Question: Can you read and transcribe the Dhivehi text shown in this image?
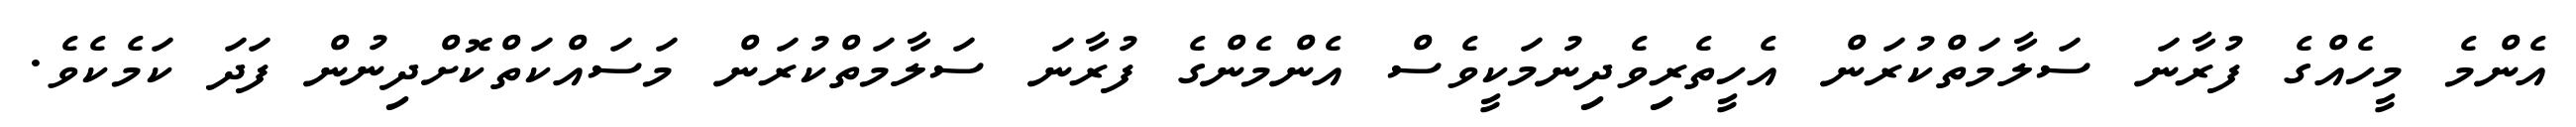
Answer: އެންމެ މީހެއްގެ ފުރާނަ ސަލާމަތްކުރަން އެހީތެރިވެދިނުމަކީވެސް އެންމެންގެ ފުރާނަ ސަލާމަތްކުރަން މަސައްކަތްކޮށްދިނުން ފަދަ ކަމެކެވެ.